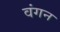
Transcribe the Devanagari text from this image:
वंगन